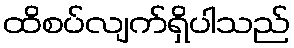
ထိစပ်လျက်ရှိပါသည်